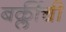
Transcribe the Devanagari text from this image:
बर्क्लीची